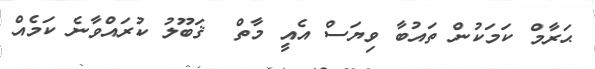
ޙަރާމް ކަމަކުން ތައުބާ ވިޔަސް އެއީ މާތް  ޤަބޫލު ކުރައްވާނެ ކަމެއް